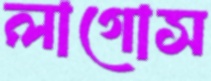
লাগোস